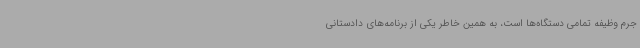
جرم وظیفه تمامی دستگاه‌ها است، به همین خاطر یکی از برنامه‌های دادستانی